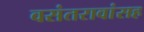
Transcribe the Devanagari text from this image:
वसंतरावांसह